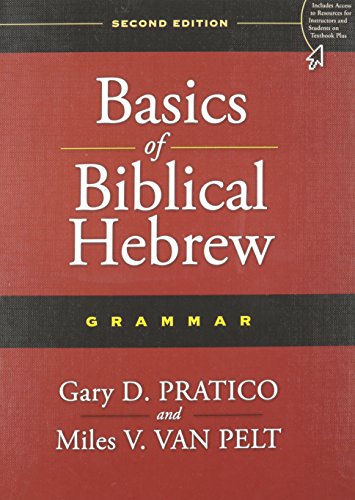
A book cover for Basics of Biblical Hebrew Grammar: Second Edition; Gary D. Pratico; Reference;